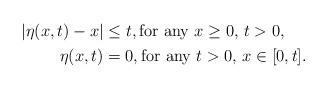
LaTeX: \begin{align*}\begin{aligned}|\eta(x,t) - x| & \leq t,\mbox{for any $x\geq 0$, $t > 0$,} \\\eta(x,t)& = 0,\mbox{for any $t > 0$, $x\in [0,t]$.}\end{aligned}\end{align*}